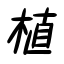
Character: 植